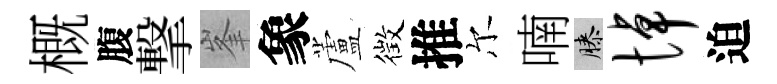
概腹撃峯象蘆徴推尔喃膝悼迫